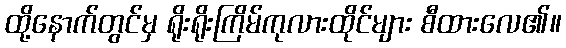
ထို့နောက်တွင်မှ ရိုးရိုးကြိမ်ကုလားထိုင်များ စီထားလေ၏။